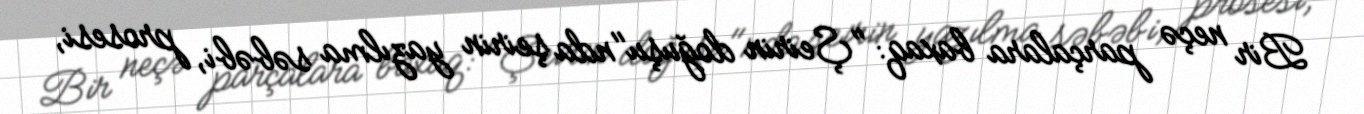
Bir neçə parçalara baxaq: "Şeirin doğuşu"nda şeirin yazılma səbəbi, prosesi,